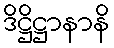
ဒိဋ္ဌိဋ္ဌာနာနိ